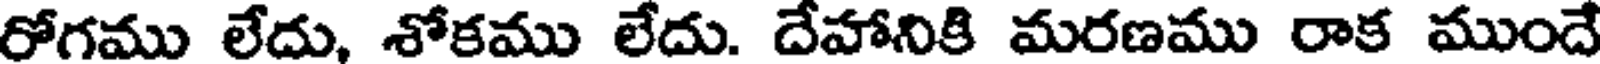
రోగము లేదు, శోకము లేదు. దేహానికి మరణము రాక ముందే